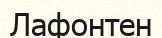
Лафонтен